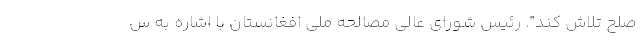
صلح تلاش کند". رئیس شورای عالی مصالحه ملی افغانستان با اشاره به س